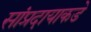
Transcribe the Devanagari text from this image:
सांप्रदायाकडे